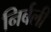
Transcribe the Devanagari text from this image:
निर्बली